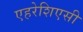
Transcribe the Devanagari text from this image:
एहरेशिएसी